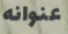
عنوانه